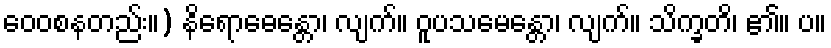
ဝေဝစနတည်း။) နိရောဓေန္တော၊ လျက်။ ဝူပသမေန္တော၊ လျက်။ သိက္ခတိ၊ ၏။ ပ။